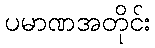
ပမာဏအတိုင်း